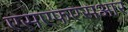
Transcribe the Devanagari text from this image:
एसएफएसआर